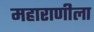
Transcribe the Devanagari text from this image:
महाराणीला